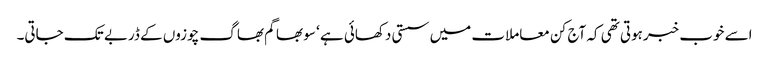
اسے خوب خبرہوتی تھی کہ آج کن معاملات میں سستی دکھائی ہے ‘ سو بھاگم بھاگ چوزوں کے ڈربے تک جاتی۔